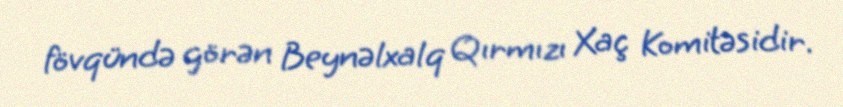
fövqündə görən Beynəlxalq Qırmızı Xaç Komitəsidir.